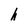
Character: h